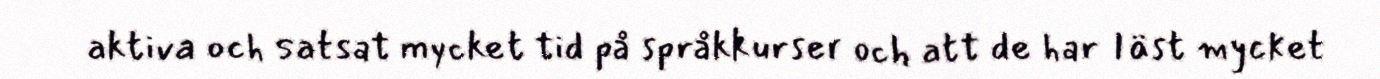
aktiva och satsat mycket tid på språkkurser och att de har Iäst mycket